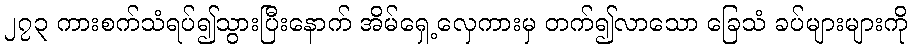
၂၇၃ ကားစက်သံရပ်၍သွားပြီးနောက် အိမ်ရှေ့လှေကားမှ တက်၍လာသော ခြေသံ ခပ်များများကို